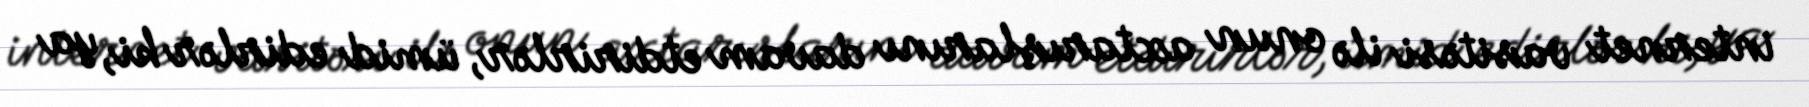
internet vasitəsi ilə onun axtarışlarını davam etdirirlər, ümid edirlər ki, ya